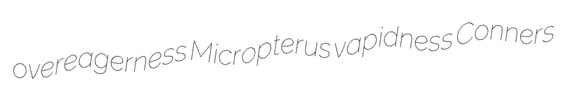
overeagerness Micropterus vapidness Conners